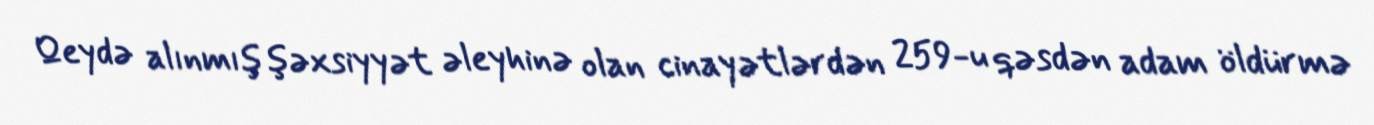
Qeydə alınmış şəxsiyyət əleyhinə olan cinayətlərdən 259-u qəsdən adam öldürmə